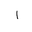
Letter: _alif